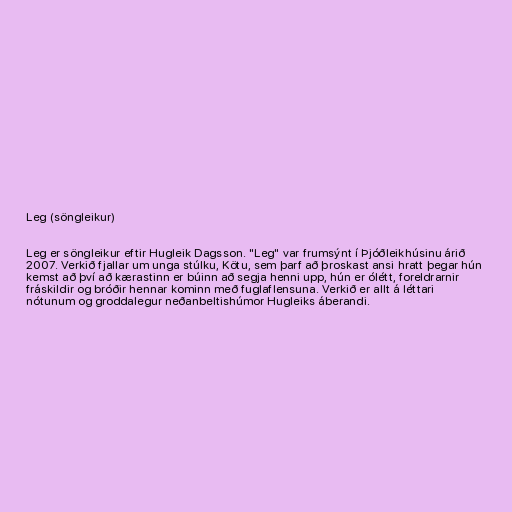
Leg (söngleikur)

Leg er söngleikur eftir Hugleik Dagsson. "Leg" var frumsýnt í Þjóðleikhúsinu árið
2007. Verkið fjallar um unga stúlku, Kötu, sem þarf að þroskast ansi hratt þegar hún
kemst að því að kærastinn er búinn að segja henni upp, hún er ólétt, foreldrarnir
fráskildir og bróðir hennar kominn með fuglaflensuna. Verkið er allt á léttari
nótunum og groddalegur neðanbeltishúmor Hugleiks áberandi.